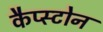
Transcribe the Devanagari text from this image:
कैप्स्टोन